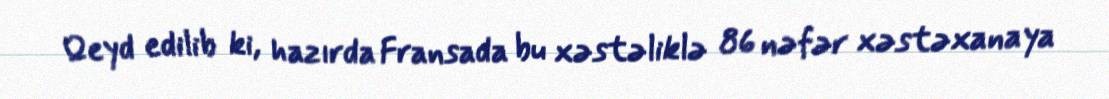
Qeyd edilib ki, hazırda Fransada bu xəstəliklə 86 nəfər xəstəxanaya